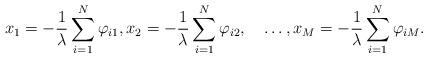
LaTeX: \begin{align*}x_{1}=-\frac{1}{\lambda}\sum\limits_{i=1}^{N}\varphi_{i1},x_{2}=-\frac{1}{\lambda}\sum\limits_{i=1}^{N}\varphi_{i2},\quad\ldots,x_{M}=-\frac{1}{\lambda}\sum\limits_{i=1}^{N}\varphi_{iM}.\end{align*}